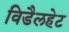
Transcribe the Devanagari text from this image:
विडैलहेट